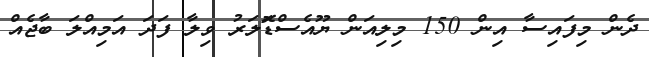
ދެން މިފައިސާ އިން 150 މިލިއަން ޔޫއެސްޑޮަލަރު ވިލާ ފަދަ އަމިއްލަ ބާޖެއް